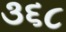
૩૬૮